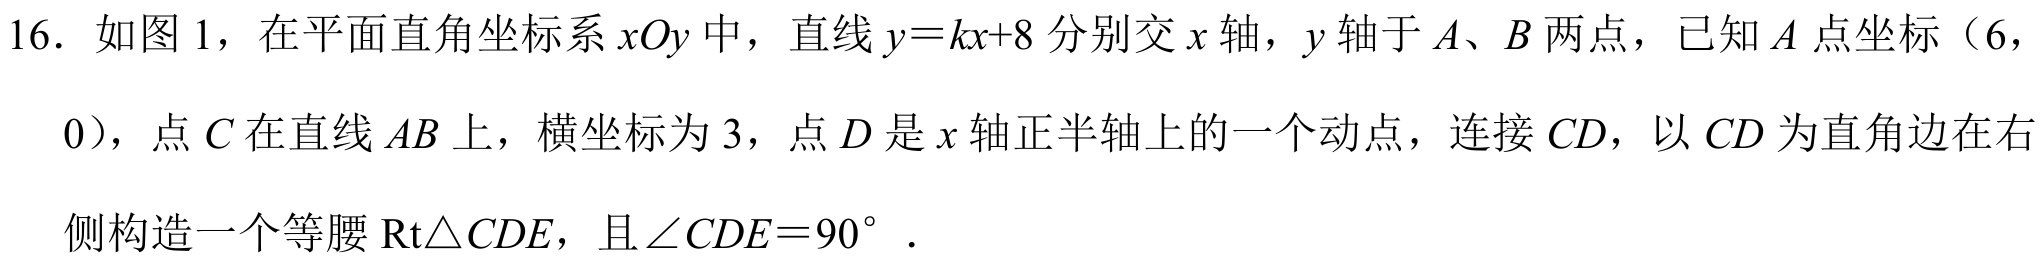
16. 如图 1，在平面直角坐标系 \(xOy\) 中，直线 \(y = kx + 8\) 分别交 \(x\) 轴，\(y\) 轴于 \(A\)、\(B\) 两点，已知 \(A\) 点坐标（6，0），点 \(C\) 在直线 \(AB\) 上，横坐标为 3，点 \(D\) 是 \(x\) 轴正半轴上的一个动点，连接 \(CD\)，以 \(CD\) 为直角边在右侧构造一个等腰 \(\text{Rt}\triangle CDE\)，且 \(\angle CDE = 90^{\circ}\) .